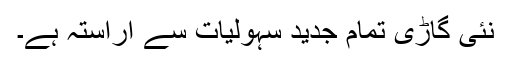
نئی گاڑی تمام جدید سہولیات سے آراستہ ہے۔